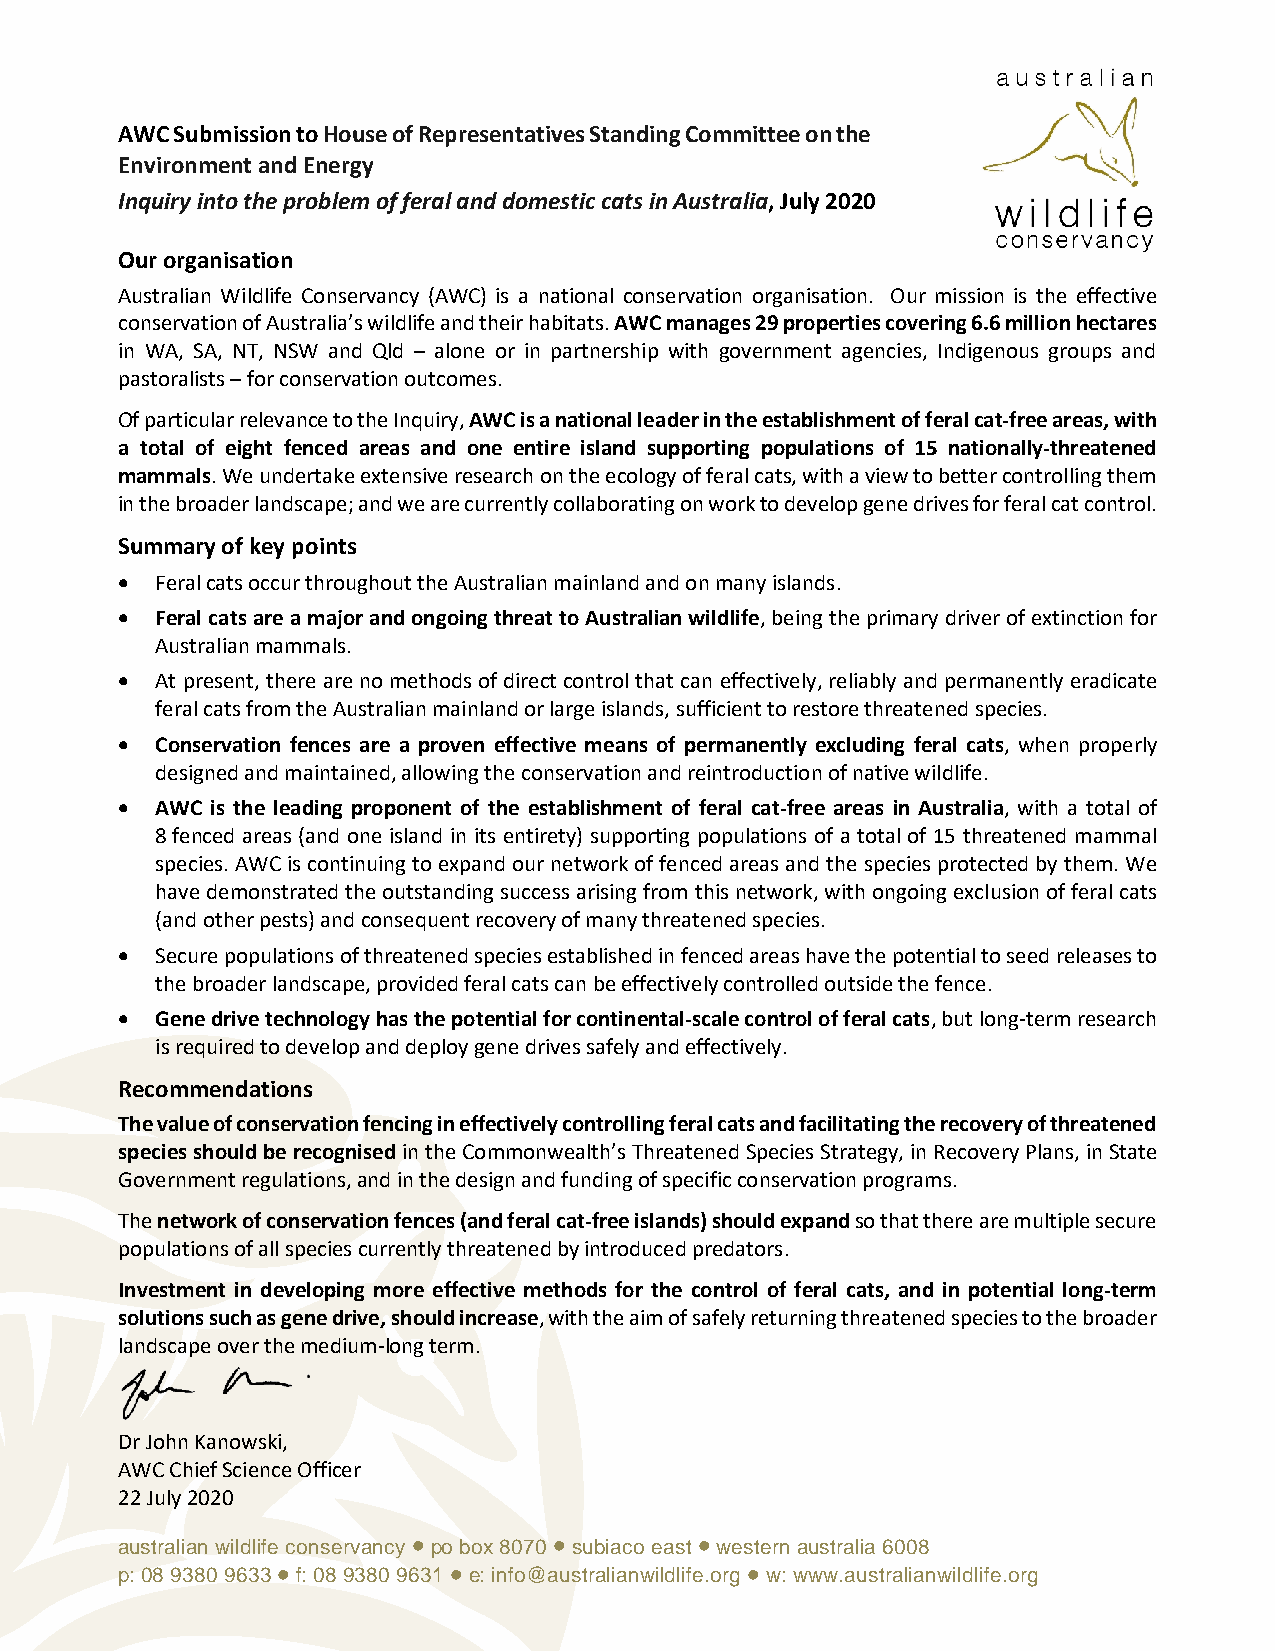
AWC Submission to House of Representatives Standing Committee on the
 Environment and Energy
 Inquiry into the problem of feral and domestic cats in Australia, July 2020
 Our organisation
 Australian Wildlife Conservancy (AWC) is a national conservation organisation. Our mission is the effective
 conservation of Australia’s wildlife and their habitats. AWC manages 29 properties covering 6.6 million hectares
 in WA, SA, NT, NSW and Qld – alone or in partnership with government agencies, Indigenous groups and
 pastoralists – for conservation outcomes.
 Of particular relevance to the Inquiry, AWC is a national leader in the establishment of feral cat-free areas, with
 a total of eight fenced areas and one entire island supporting populations of 15 nationally-threatened
 mammals. We undertake extensive research on the ecology of feral cats, with a view to better controlling them
 in the broader landscape; and we are currently collaborating on work to develop gene drives for feral cat control.
 Summary of key points
 • Feral cats occur throughout the Australian mainland and on many islands.
 • Feral cats are a major and ongoing threat to Australian wildlife, being the primary driver of extinction for
 Australian mammals.
 • At present, there are no methods of direct control that can effectively, reliably and permanently eradicate
 feral cats from the Australian mainland or large islands, sufficient to restore threatened species.
 • Conservation fences are a proven effective means of permanently excluding feral cats, when properly
 designed and maintained, allowing the conservation and reintroduction of native wildlife.
 • AWC is the leading proponent of the establishment of feral cat-free areas in Australia, with a total of
 8 fenced areas (and one island in its entirety) supporting populations of a total of 15 threatened mammal
 species. AWC is continuing to expand our network of fenced areas and the species protected by them. We
 have demonstrated the outstanding success arising from this network, with ongoing exclusion of feral cats
 (and other pests) and consequent recovery of many threatened species.
 • Secure populations of threatened species established in fenced areas have the potential to seed releases to
 the broader landscape, provided feral cats can be effectively controlled outside the fence.
 • Gene drive technology has the potential for continental-scale control of feral cats, but long-term research
 is required to develop and deploy gene drives safely and effectively.
 Recommendations
 The value of conservation fencing in effectively controlling feral cats and facilitating the recovery of threatened
 species should be recognised in the Commonwealth’s Threatened Species Strategy, in Recovery Plans, in State
 Government regulations, and in the design and funding of specific conservation programs.
 The network of conservation fences (and feral cat-free islands) should expand so that there are multiple secure
 populations of all species currently threatened by introduced predators.
 Investment in developing more effective methods for the control of feral cats, and in potential long-term
 solutions such as gene drive, should increase, with the aim of safely returning threatened species to the broader
 landscape over the medium-long term.
 Dr John Kanowski,
 AWC Chief Science Officer
 22 July 2020
 australian wildlife conservancy  po box 8070  subiaco east  western australia 6008
 p: 08 9380 9633  f: 08 9380 9631  e: info@australianwildlife.org  w: www.australianwildlife.org